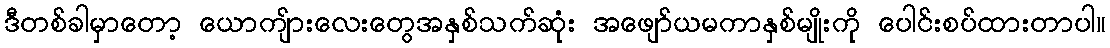
ဒီတစ်ခါမှာတော့ ယောကျ်ားလေးတွေအနှစ်သက်ဆုံး အဖျော်ယမကာနှစ်မျိုးကို ပေါင်းစပ်ထားတာပါ။